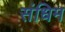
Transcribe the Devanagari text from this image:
संधिम